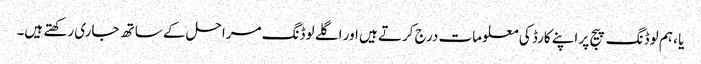
یا ، ہم لوڈنگ پیج پر اپنے کارڈ کی معلومات درج کرتے ہیں اور اگلے لوڈنگ مراحل کے ساتھ جاری رکھتے ہیں۔